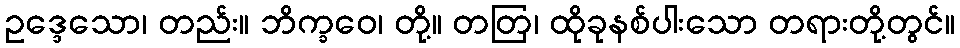
ဥဒ္ဒေသော၊ တည်း။ ဘိက္ခဝေ၊ တို့။ တတြ၊ ထိုခုနစ်ပါးသော တရားတို့တွင်။